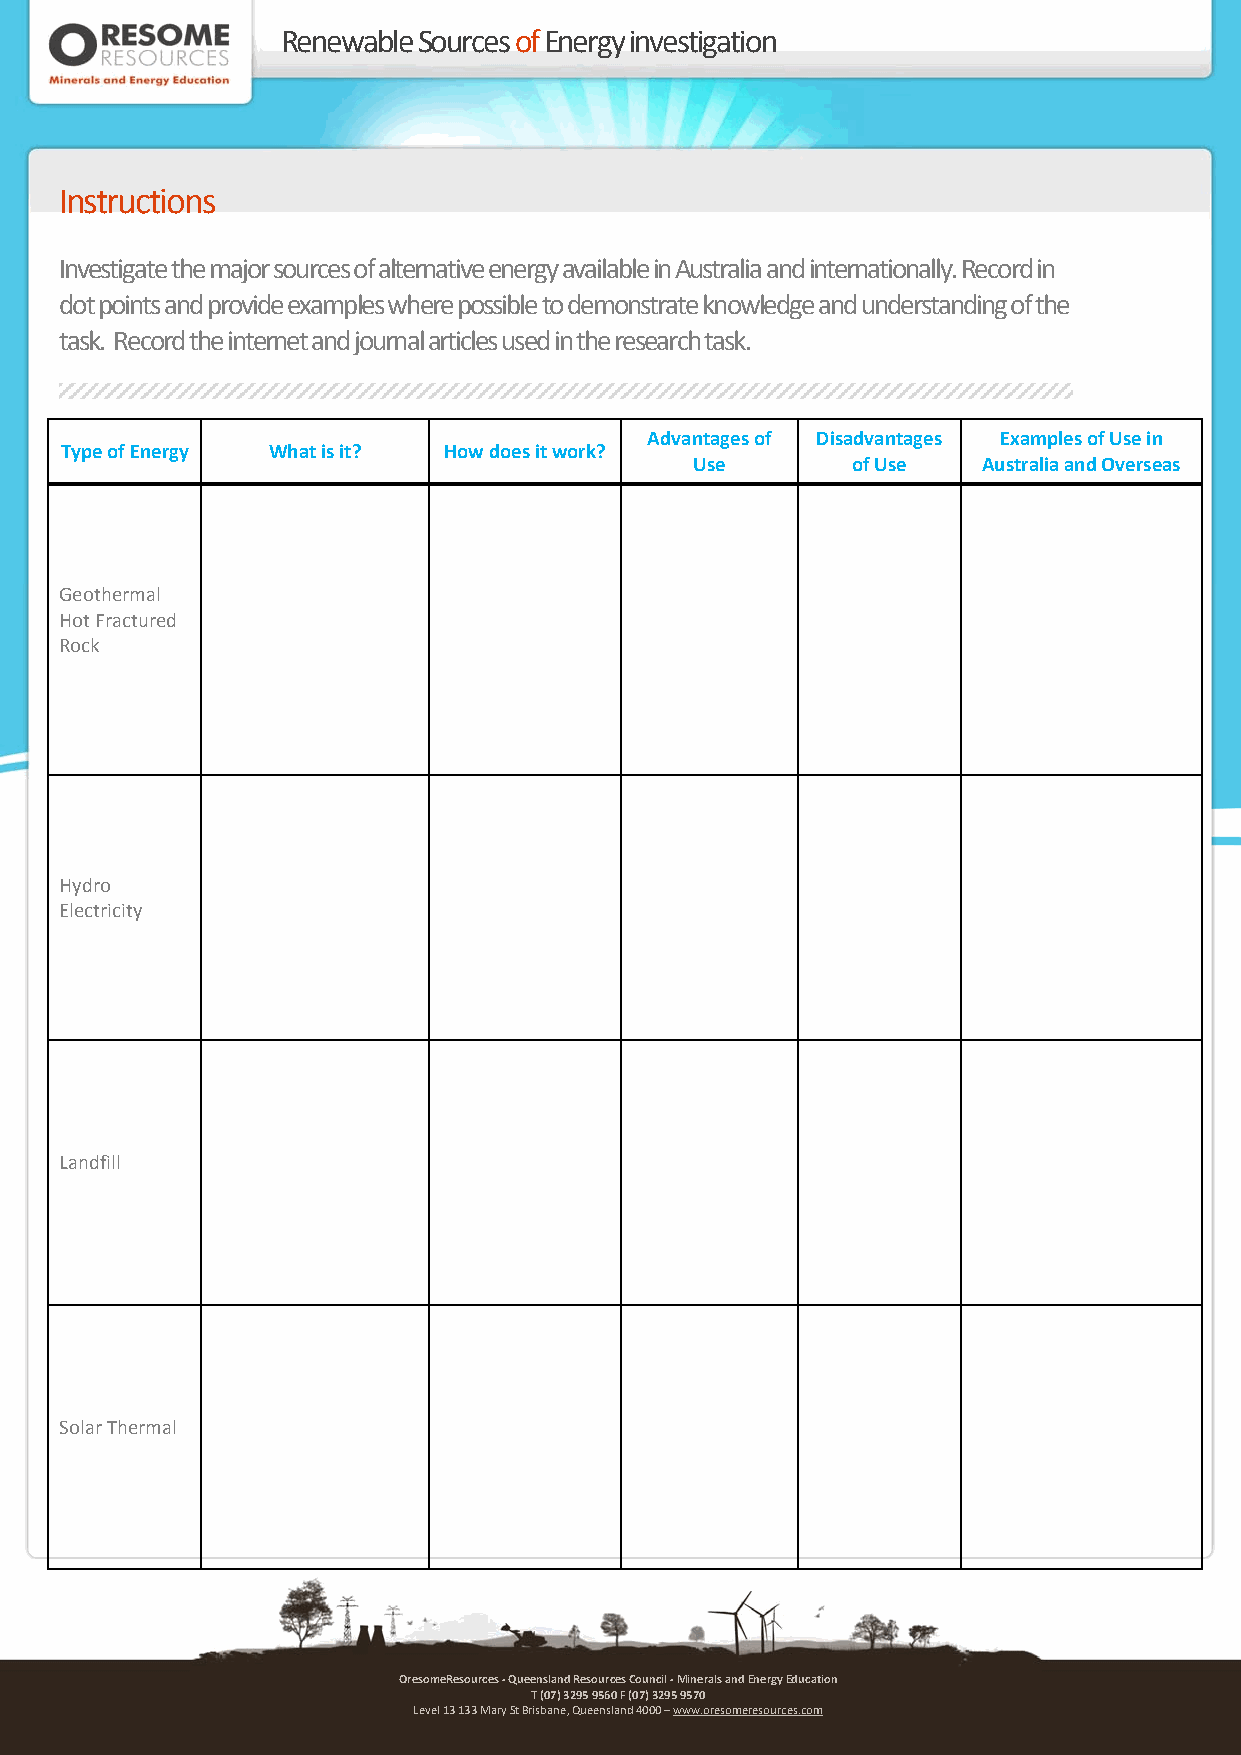
Renewable Sources of Energy investigation
 Instructions
 Investigate the major sources of alternative energy available in Australia and internationally. Record in
 dot points and provide examples where possible to demonstrate knowledge and understanding of the
 task. Record the internet and journal articles used in the research task.
 Advantages of Disadvantages Examples of Use in
 Type of Energy What is it? How does it work?
 Use       of Use   Australia and Overseas
 Geothermal
 Hot Fractured
 Rock
 Hydro
 Electricity
 Landfill
 Solar Thermal
 OresomeResources ‐ Queensland Resources Council ‐ Minerals and Energy Education
 T (07) 3295 9560 F (07) 3295 9570
 Level 13 133 Mary St Brisbane, Queensland 4000 – www.oresomeresources.com